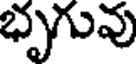
భృగువు